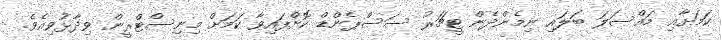
ކަމަށާއި މައްސަލަ ބަލައި ނިމެންދެން ޓީޗަރު ސަސްޕެންޑް ކޮށްފައިވާ ކަމަށް މިނިސްޓްރީން ވިދާޅުވިއެވެ.